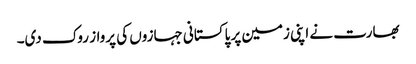
بھارت نے اپنی زمین پر پاکستانی جہازوں کی پرواز روک دی۔